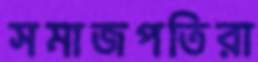
সমাজপতিরা